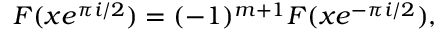
F ( x e ^ { \pi i / 2 } ) = ( - 1 ) ^ { m + 1 } F ( x e ^ { - \pi i / 2 } ) ,